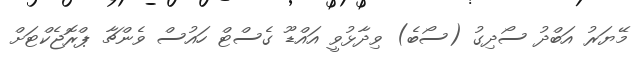
މޭޔަރު އަބްދު ސޯދިގު (ސޯބެ) ވިދާޅުވީ އަައްޑޫ ގެސްޓް ހައުސް ވެންޗާ ޕްރޮޖެކްޓަށް